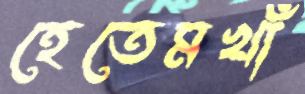
হেতেমখাঁ